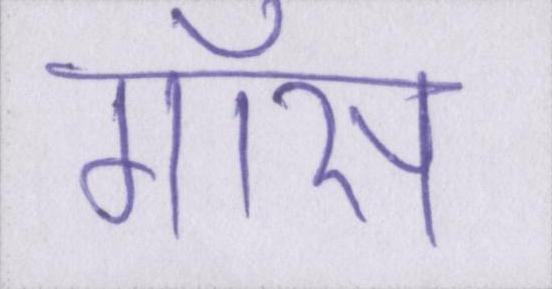
गॉस